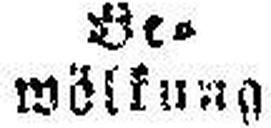
wölkung